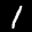
Label: 1